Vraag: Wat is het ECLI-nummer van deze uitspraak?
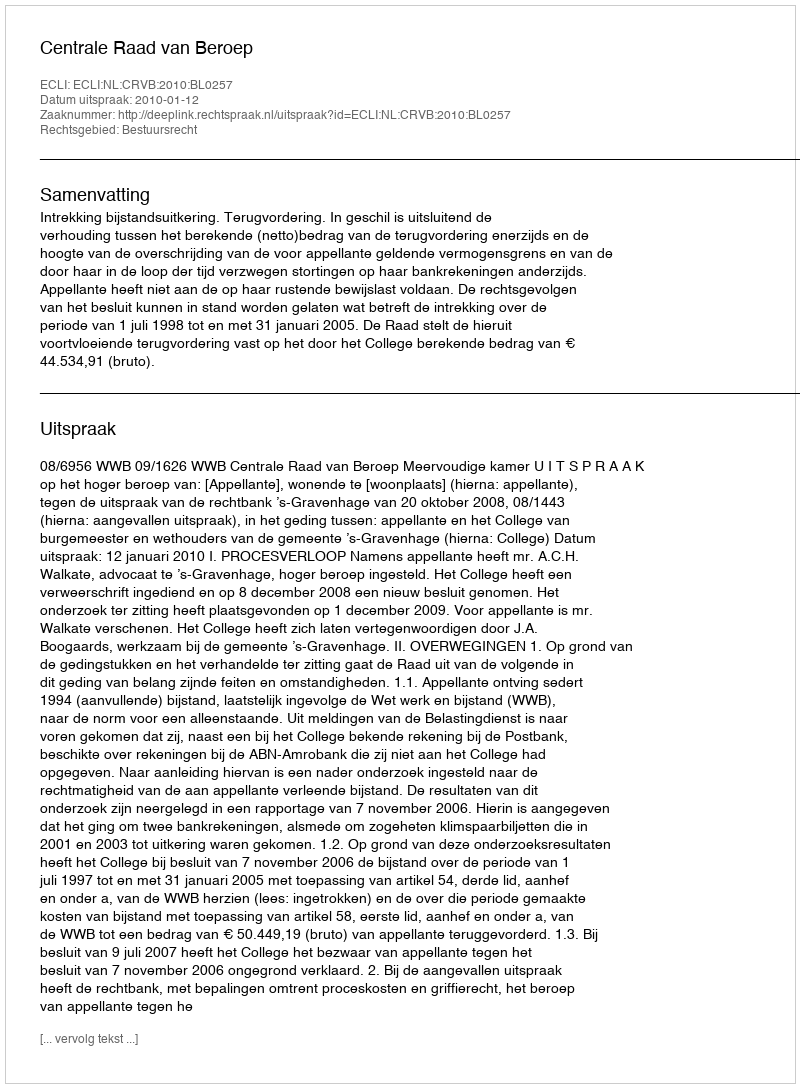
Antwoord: ECLI:NL:CRVB:2010:BL0257